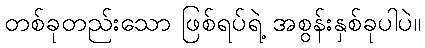
တစ်ခုတည်းသော ဖြစ်ရပ်ရဲ့ အစွန်းနှစ်ခုပါပဲ။